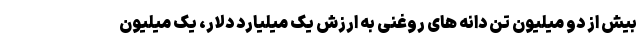
بیش از دو میلیون تن دانه های روغنی به ارزش یک میلیارد دلار، یک میلیون